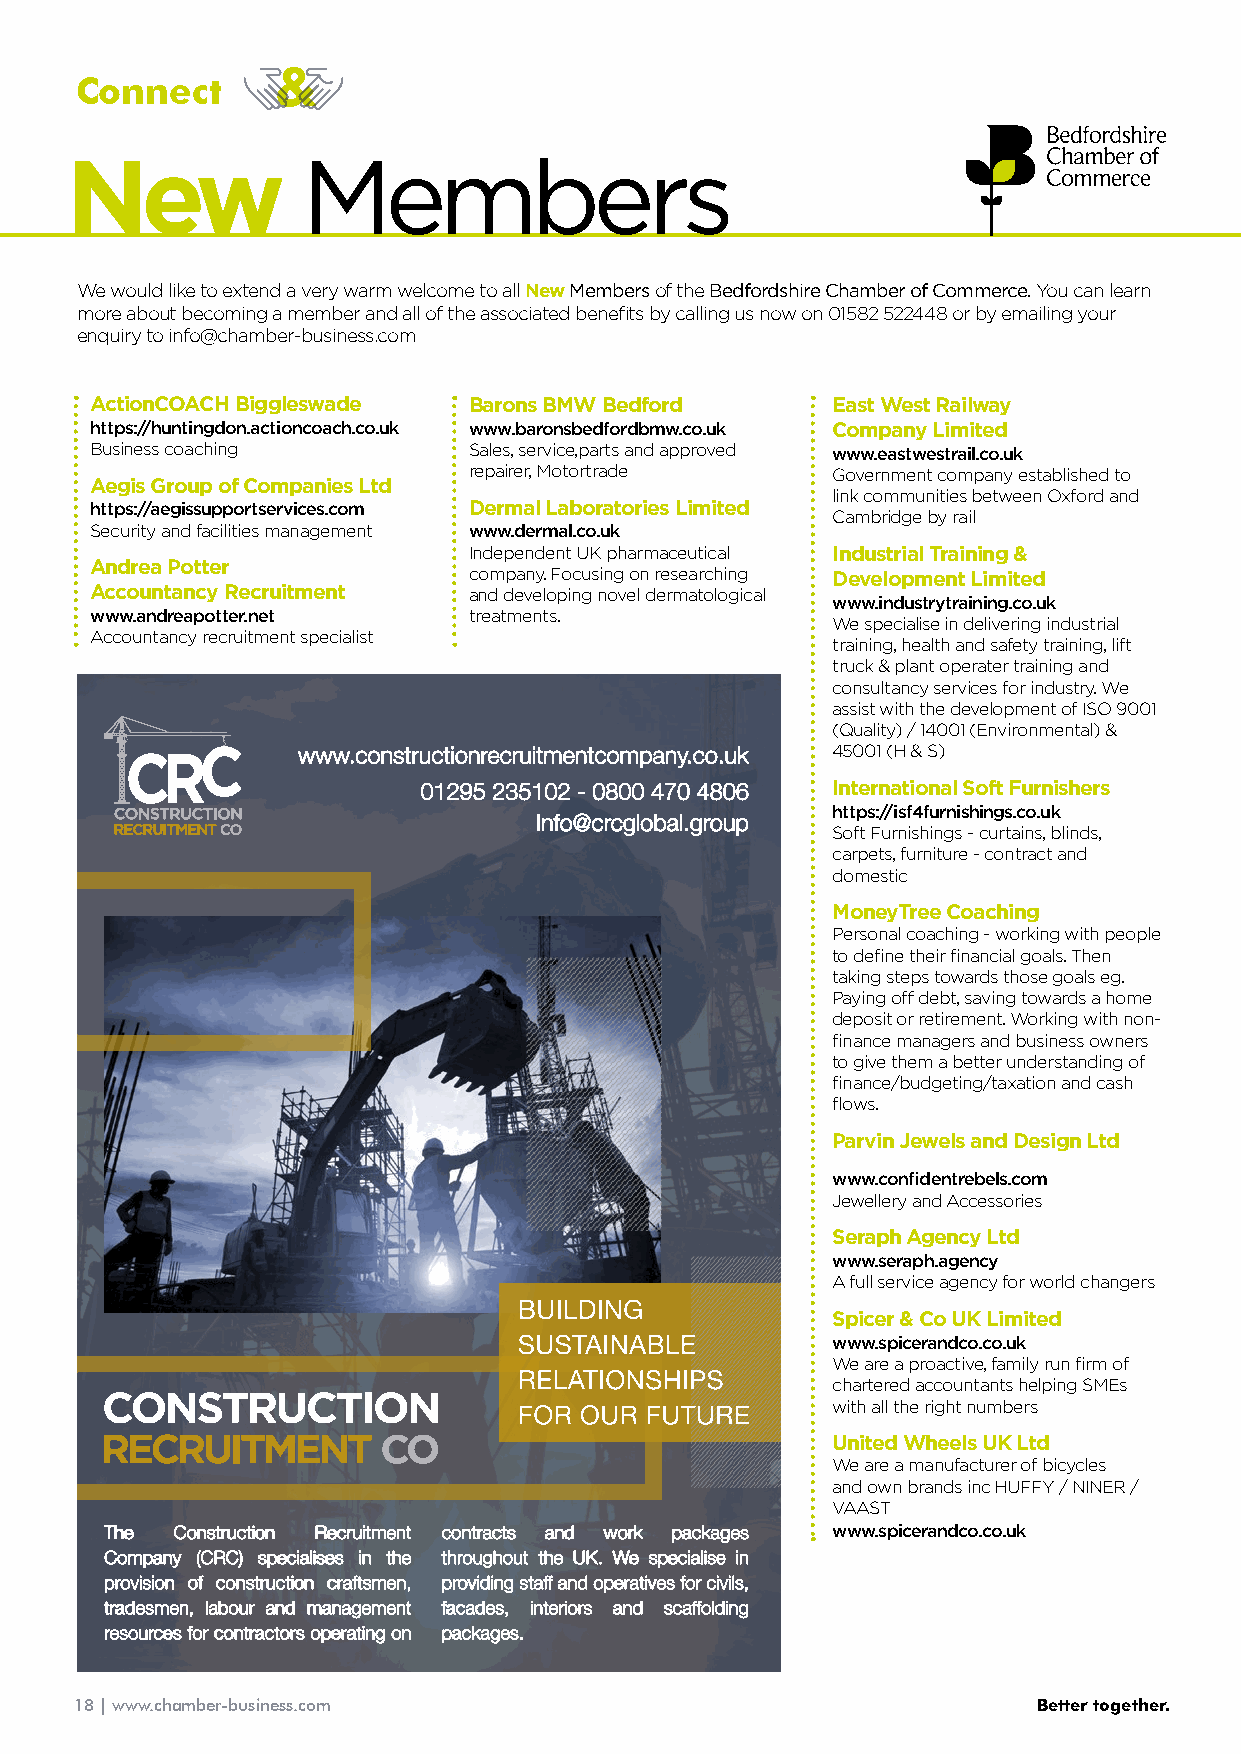
Connect
 New             Members
 We would like to extend a very warm welcome to all New Members of the Bedfordshire Chamber of Commerce. You can learn
 more about becoming a member and all of the associated benefits by calling us now on 01582 522448 or by emailing your
 enquiry to info@chamber-business.com
 ActionCOACH Biggleswade  Barons BMW Bedford      East West Railway
 https://huntingdon.actioncoach.co.uk www.baronsbedfordbmw.co.uk Company Limited
 Business coaching        Sales, service,parts and approved www.eastwestrail.co.uk
 repairer, Motortrade    Government company established to
 Aegis Group of Companies Ltd
 link communities between Oxford and
 https://aegissupportservices.com Dermal Laboratories Limited
 Cambridge by rail
 Security and facilities management www.dermal.co.uk
 Independent UK pharmaceutical Industrial Training &
 Andrea Potter
 company. Focusing on researching Development Limited
 Accountancy Recruitment  and developing novel dermatological
 www.industrytraining.co.uk
 www.andreapotter.net     treatments.
 We specialise in delivering industrial
 Accountancy recruitment specialist
 training, health and safety training, lift
 truck & plant operater training and
 consultancy services for industry. We
 assist with the development of ISO 9001
 (Quality) / 14001 (Environmental) &
 45001 (H & S)
 International Soft Furnishers
 https://isf4furnishings.co.uk
 Soft Furnishings - curtains, blinds,
 carpets, furniture - contract and
 domestic
 MoneyTree Coaching
 Personal coaching - working with people
 to define their financial goals. Then
 taking steps towards those goals eg.
 Paying off debt, saving towards a home
 deposit or retirement. Working with non-
 finance managers and business owners
 to give them a better understanding of
 finance/budgeting/taxation and cash
 flows.
 Parvin Jewels and Design Ltd
 www.confidentrebels.com
 Jewellery and Accessories
 Seraph Agency Ltd
 www.seraph.agency
 A full service agency for world changers
 Spicer & Co UK Limited
 www.spicerandco.co.uk
 We are a proactive, family run firm of
 chartered accountants helping SMEs
 with all the right numbers
 United Wheels UK Ltd
 We are a manufacturer of bicycles
 and own brands inc HUFFY / NINER /
 VAAST
 The Construction Recruitment contracts and work packages www.spicerandco.co.uk
 Company (CRC) specialises in the throughout the UK. We specialise in
 provision of construction craftsmen, providing staff and operatives for civils,
 tradesmen, labour and management facades, interiors and scaffolding
 resources for contractors operating on packages.
 18 | www.chamber-business.com                                   Better together.